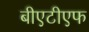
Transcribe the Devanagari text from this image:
बीएटीएफ